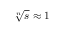
\sqrt [ n ] { s } \approx 1